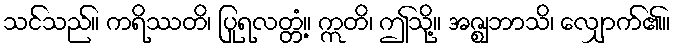
သင်သည်။ ကရိဿတိ၊ ပြုရလတ္တံ့။ ဣတိ၊ ဤသို့။ အဇ္ဈဘာသိ၊ လျှောက်၏။